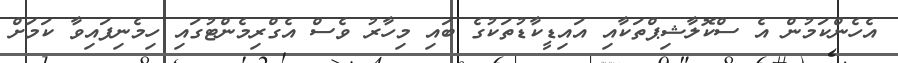
އެހެންކަމުން އެ ސްކޮލާޝިޕްތަކާއި އައިޑީކާޑުތަކުގެ ބައި މިހާރު ވެސް އެގްރިމެންޓުގައި ހިމެނިފައިވާ ކަމަށް